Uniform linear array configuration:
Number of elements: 12
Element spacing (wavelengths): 1
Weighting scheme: kaiser
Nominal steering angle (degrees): -60
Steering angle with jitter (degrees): -59.062
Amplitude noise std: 0.05
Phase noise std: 0.05

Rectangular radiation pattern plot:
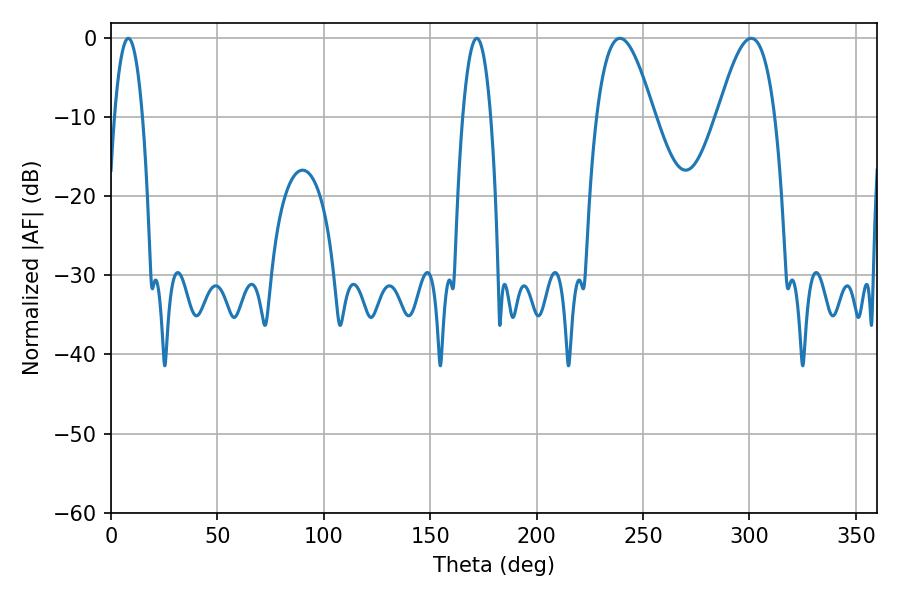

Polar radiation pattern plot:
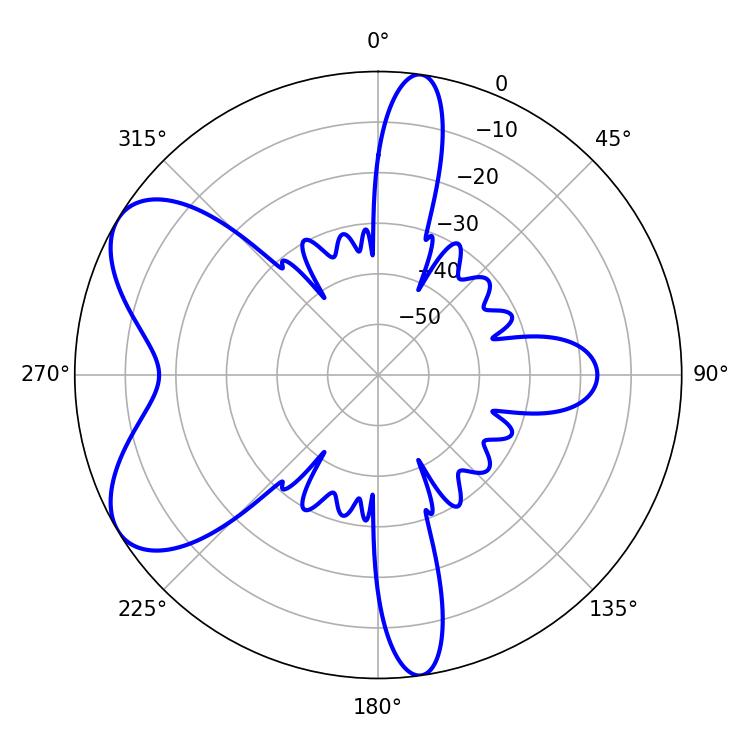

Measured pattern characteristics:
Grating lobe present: TRUE
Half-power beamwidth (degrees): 7.2
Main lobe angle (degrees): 8.1